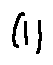
( l )